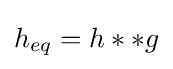
h_{eq}=h**g